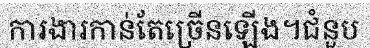
ការងារកាន់តែច្រើនឡើង។ជំនួប